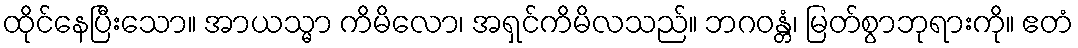
ထိုင်နေပြီးသော။ အာယသ္မာ ကိမိလော၊ အရှင်ကိမိလသည်။ ဘဂဝန္တံ၊ မြတ်စွာဘုရားကို။ ဧတံ